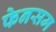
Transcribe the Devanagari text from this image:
फेनसम